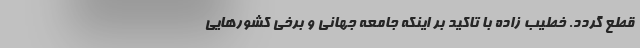
قطع گردد. خطیب زاده با تاکید بر اینکه جامعه جهانی و برخی کشورهایی